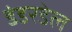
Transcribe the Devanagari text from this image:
डंडरडेल